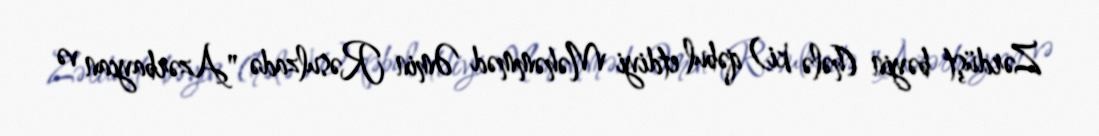
Zərdüşt bəyin (hələ ki) qəbul etdiyi Məhəmməd Əmin Rəsulzadə "Azərbaycan və